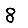
Digit: 8